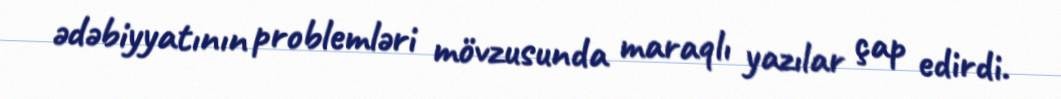
ədəbiyyatının problemləri mövzusunda maraqlı yazılar çap edirdi.